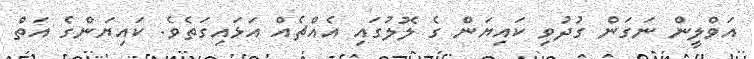
އަވްލީން ނަގަން ގުދުވި ކައިޔަން ގެ ލޮލުގައި އެއްޗެއް އަޅައިގަތެވެ. ކައިޔަންގެ އަތް